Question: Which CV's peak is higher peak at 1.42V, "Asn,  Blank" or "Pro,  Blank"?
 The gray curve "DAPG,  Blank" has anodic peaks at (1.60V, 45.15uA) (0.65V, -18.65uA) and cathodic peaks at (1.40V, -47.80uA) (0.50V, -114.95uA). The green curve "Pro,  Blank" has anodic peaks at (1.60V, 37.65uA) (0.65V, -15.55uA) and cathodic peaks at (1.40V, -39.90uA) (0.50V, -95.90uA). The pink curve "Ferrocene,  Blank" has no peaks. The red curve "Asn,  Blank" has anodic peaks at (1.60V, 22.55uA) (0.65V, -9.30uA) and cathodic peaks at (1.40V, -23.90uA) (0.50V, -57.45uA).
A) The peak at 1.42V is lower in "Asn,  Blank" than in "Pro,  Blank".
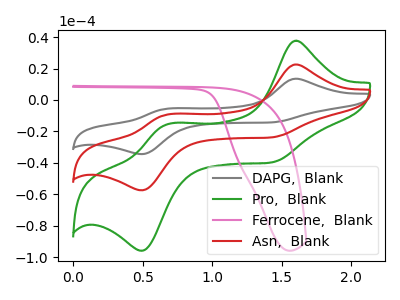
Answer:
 <answer>A) The peak at 1.42V is lower in "Asn,  Blank" than in "Pro,  Blank".</answer>
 <eval>A</eval>